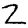
Digit: 2